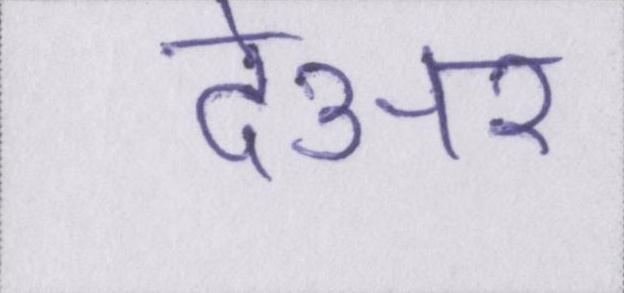
देअर